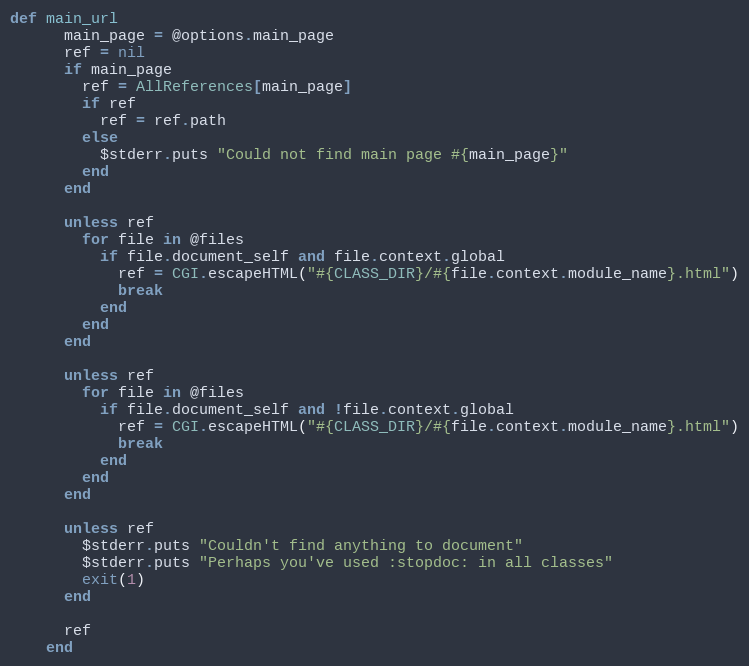
Language: Ruby
def main_url
      main_page = @options.main_page
      ref = nil
      if main_page
        ref = AllReferences[main_page]
        if ref
          ref = ref.path
        else
          $stderr.puts "Could not find main page #{main_page}"
        end
      end

      unless ref
        for file in @files
          if file.document_self and file.context.global
            ref = CGI.escapeHTML("#{CLASS_DIR}/#{file.context.module_name}.html")
            break
          end
        end
      end

      unless ref
        for file in @files
          if file.document_self and !file.context.global
            ref = CGI.escapeHTML("#{CLASS_DIR}/#{file.context.module_name}.html")
            break
          end
        end
      end

      unless ref
        $stderr.puts "Couldn't find anything to document"
        $stderr.puts "Perhaps you've used :stopdoc: in all classes"
        exit(1)
      end

      ref
    end